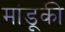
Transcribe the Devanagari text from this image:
मांडूकी